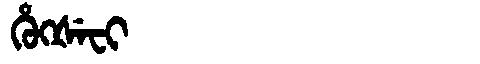
Manchu: ᡥᡠᡴᡧᡝᠸᡳ
Romanization: HUKŠEFI